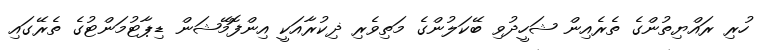
ހުރި ރައްޔިތުންގެ ތެރެއިން ޝަހީދުވި ބޭކަލުންގެ މަތިވެރި ޛިކުރާއަކީ އިންފޮމޭޝަން ޑިޕާޓުމަންޓުގެ ތެރޭގައި